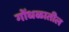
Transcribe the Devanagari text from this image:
गोंधळातील